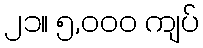
၂၁။ ၅,၀၀၀ ကျပ်